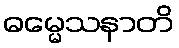
ဓမ္မေသနာတိ